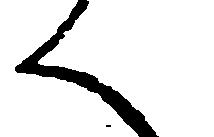
へ